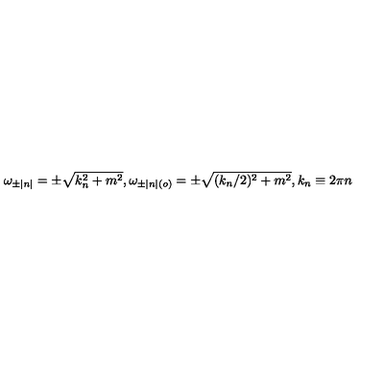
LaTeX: \omega _ { \pm | n | } = \pm \sqrt { k _ { n } ^ { 2 } + m ^ { 2 } } , \omega _ { \pm | n | ( o ) } = \pm \sqrt { ( k _ { n } / 2 ) ^ { 2 } + m ^ { 2 } } , k _ { n } \equiv 2 \pi n